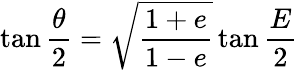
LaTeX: \tan{\frac{\theta}{2}}={\sqrt{\frac{1+e}{1-e}}}\tan{\frac{E}{2}}